Jaan_Tonisson_(Lasteleht), lk 537
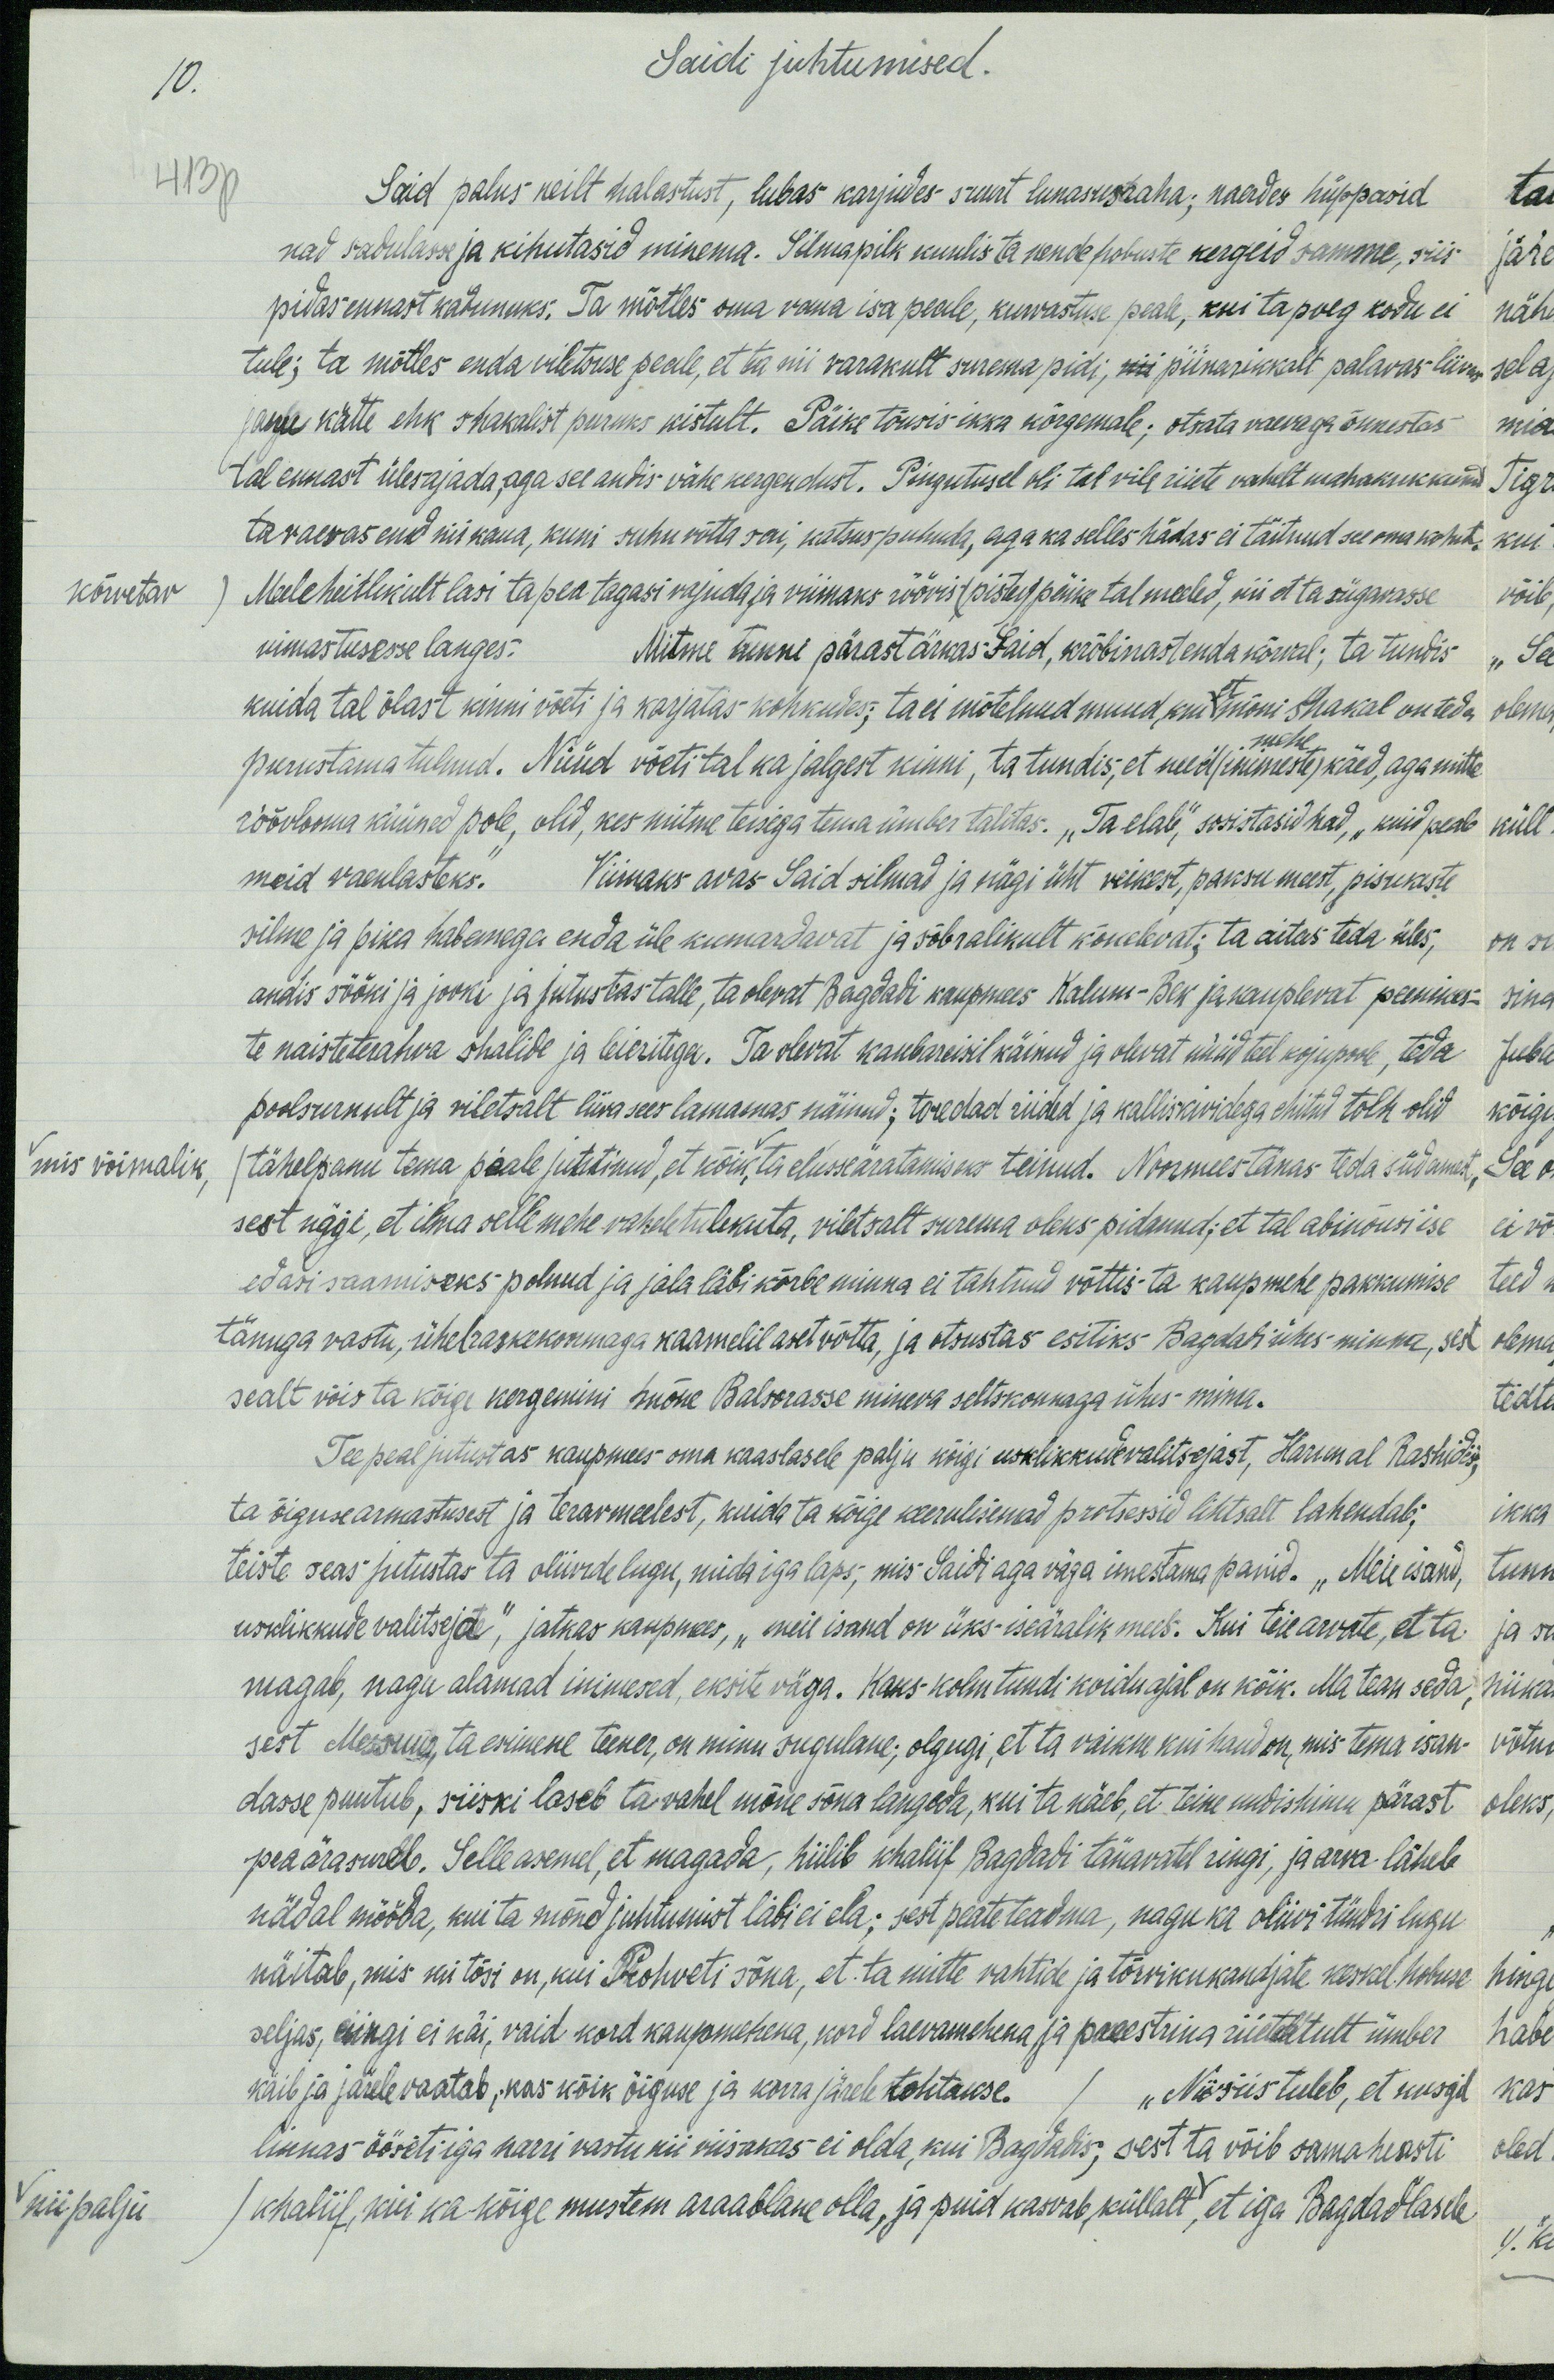
10.
Saidi juhtumised.
413p
Said palus neilt halastust, lubas karjudes suurt lunasusraha; naerdes hüppasid
nad sadulasse ja kihutasid minema. Silmapilk kuulis ta nende hobuste kergeid samme, siis
pidas ennast kadunuks. Ta mõtles oma vana isa peale, kurvastuse peala, kui ta poeg kodu ei
tule; ta mõtles enda viletsuse peale, et ta nii varakult surema pidi, nii piinarikkalt palavas liivas
janu kätte ehk shakalist puruks kistult. Päike tõusis ikka kõrgemale; otsata vaevaga õnnestas
tal ennast ülesajada,aga see andis vähe kergendust. Pingutusel oli tal vile riiete vahelt mahakukkunud
ta vaevas end nii kaua, kuni suhu võtta sai, katsus puhuda, aga ka selles hädas ei täitnud see oma kohut,
kõrvetav) Meelehitlikult lasi ta pea tagasi vajuda ja viimaks röövis (pistev) päike tal meeled, nii et ta sügavasse
uimastusesse langes. Mitme tunne pärast ärkas Said, krõbinast enda kõrval; ta tundis
kuida tal õlast kinni võeti ja karjatas kohkudes; ta ei mõtelnud muud kui et mõni shakal on teda
purustama tulnud. Nüüd võeti tal ka jalgest kinni, ta tundis, et need (inimeste) käed, aga mitte
mehe
röövlooma küüned pole, olid, kes mitme teisega tema ümber talitas. „Ta elab, sosistasid nad, „kuid peab
meid vaenlasteks." Viimaks avas Said silmad ja nägi üht veikest, paksu meest, pisukeste
silme ja pika habemaga enda üle kumardavat ja sõbralikult kõnelevat; ta aitas teda üles,
andis sööki ja jooki ja jutustas talle, ta olevat Bagdadi kaupmees Kalum-Bek ja kauplevat peenikes-
te naistetrahva shalide ja leieritega. Ta olevat kaubareisil käinud ja olevat nüüd teel kojupoole, teda
poolsurnult ja viletsalt liiva sees lamamas näinud: toredad riided ja kalliskividega ehitud tolle olid
mis võimalik tähelepanu tema peale juhtinud, et kõik ta elusseäratamiseks teinud. Noormees tänas teda südamest
sest nägi, et ilma selle mehe vahele tulekuta, viletsalt surema oleks pidanud, et tal abinõusi ise
edasi saamiseks polnud ja jala läbi kõrbe minna ei tahtnud võttis ta kaupmehe pakkumise
tänuga vastu, ühel raskekoormaga kaamelil aset võtta, ja otsustas esitiks Bagdadi ühes minna, sest
sealt võis ta kõige kergemini mõne Balsorasse mineva seltskonnaga ühes minna.
Tee peal jutustas kaupmees oma kaaslasele palju kõigi usklikkude valitsejast, Karim al Rashidist,
ta õiguse armastusest ja teravmeelest, kuida ta kõige keerulisemad protsessid lihtsalt lahendab;
teiste seas jutustas ta oliivide lugu, mida iga laps; mis Saidi aga väga imestama panid. „Meie isand,
usklikkude valitseja", jatkas kaupmees, "meie isand on üks-iseäralik mees. Kui teie arvate, et ta
magab, nagu alamad inimesed, eksite väga. Kaks kolm tundi koidu ajal on kõik. Ma tean seda,
sest Meering ta esimene teener, on minu sugulane: olgugi, et ta vaikne kui haud on, mis tema isan-
dasse puutub, siiski laseb ta vahel mõne sõna langeda, kui ta näeb, et teine uudishimu pärast
pea ära sureb. Selle asemel, et magada, hiilib khaliif Bagdadi tänavatel ringi, ja arva läheb
nädal mööda, kui ta mõnd juhtumist läbi ei ela; sest peate teadma, nagu ka oliivi tündri lugu
näitab, mis nii tõsi on, kui Prohveti sõna, et ta mitte vahtide ja tõrvikukandjate keskel hobuse
seljas, ringi ei käi, vaid kord kaupmehena, kord laevamehena ja preestrina riietatult ümber
käib ja järele vaatab, kas kõik õiguse ja korra järele tehtakse. / "Niisiis tuleb, et kusgil
linnas öösiti iga narri vastu nii viisakas ei olda, kui Bagdadis, sest ta võib samaheasti
nii palju khaliif, kui ka kõige mustem araablane olla, ja puid kasvab, küllalt, et iga Bagdadlasele